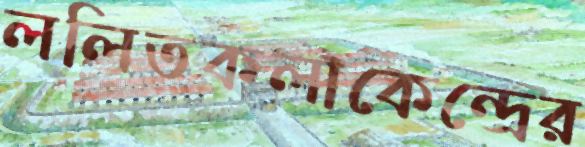
ললিতকলাকেন্দ্রের